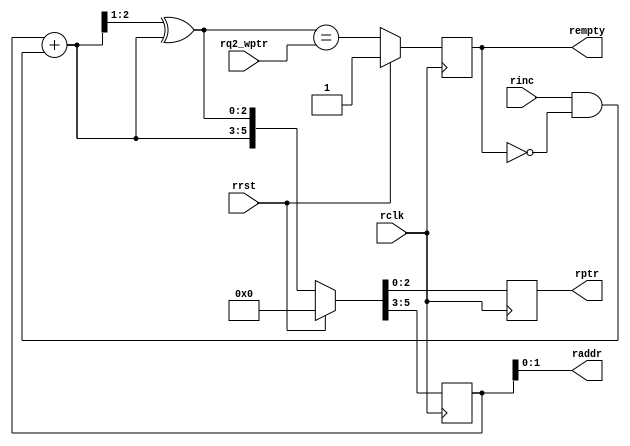
module rptr_empty_1 #(
    parameter ADDRSIZE = 2
) (
    output reg rempty,
    output wire [ADDRSIZE-1:0] raddr,
    output reg [ADDRSIZE :0] rptr,
    input wire [ADDRSIZE :0] rq2_wptr,
    input wire rinc, rclk, rrst
);
reg [ADDRSIZE:0] rbin;
wire [ADDRSIZE:0] rgraynext, rbinnext;
always @(posedge rclk)
    if (rrst) {rbin, rptr} <= 0;
    else {rbin, rptr} <= {rbinnext, rgraynext};
assign raddr = rbin[ADDRSIZE-1:0];
assign rbinnext = rbin + (rinc & ~rempty);
assign rgraynext = (rbinnext>>1) ^ rbinnext;
wire rempty_val;
assign rempty_val = (rgraynext == rq2_wptr);
always @(posedge rclk)
    if (rrst) rempty <= 1'b1;
    else rempty <= rempty_val;
endmodule